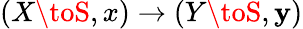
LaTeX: (X\toS,x)\to(Y\toS,\mathbf{y})